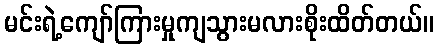
မင်းရဲ့ကျော်ကြားမှုကျသွားမလားစိုးထိတ်တယ်။